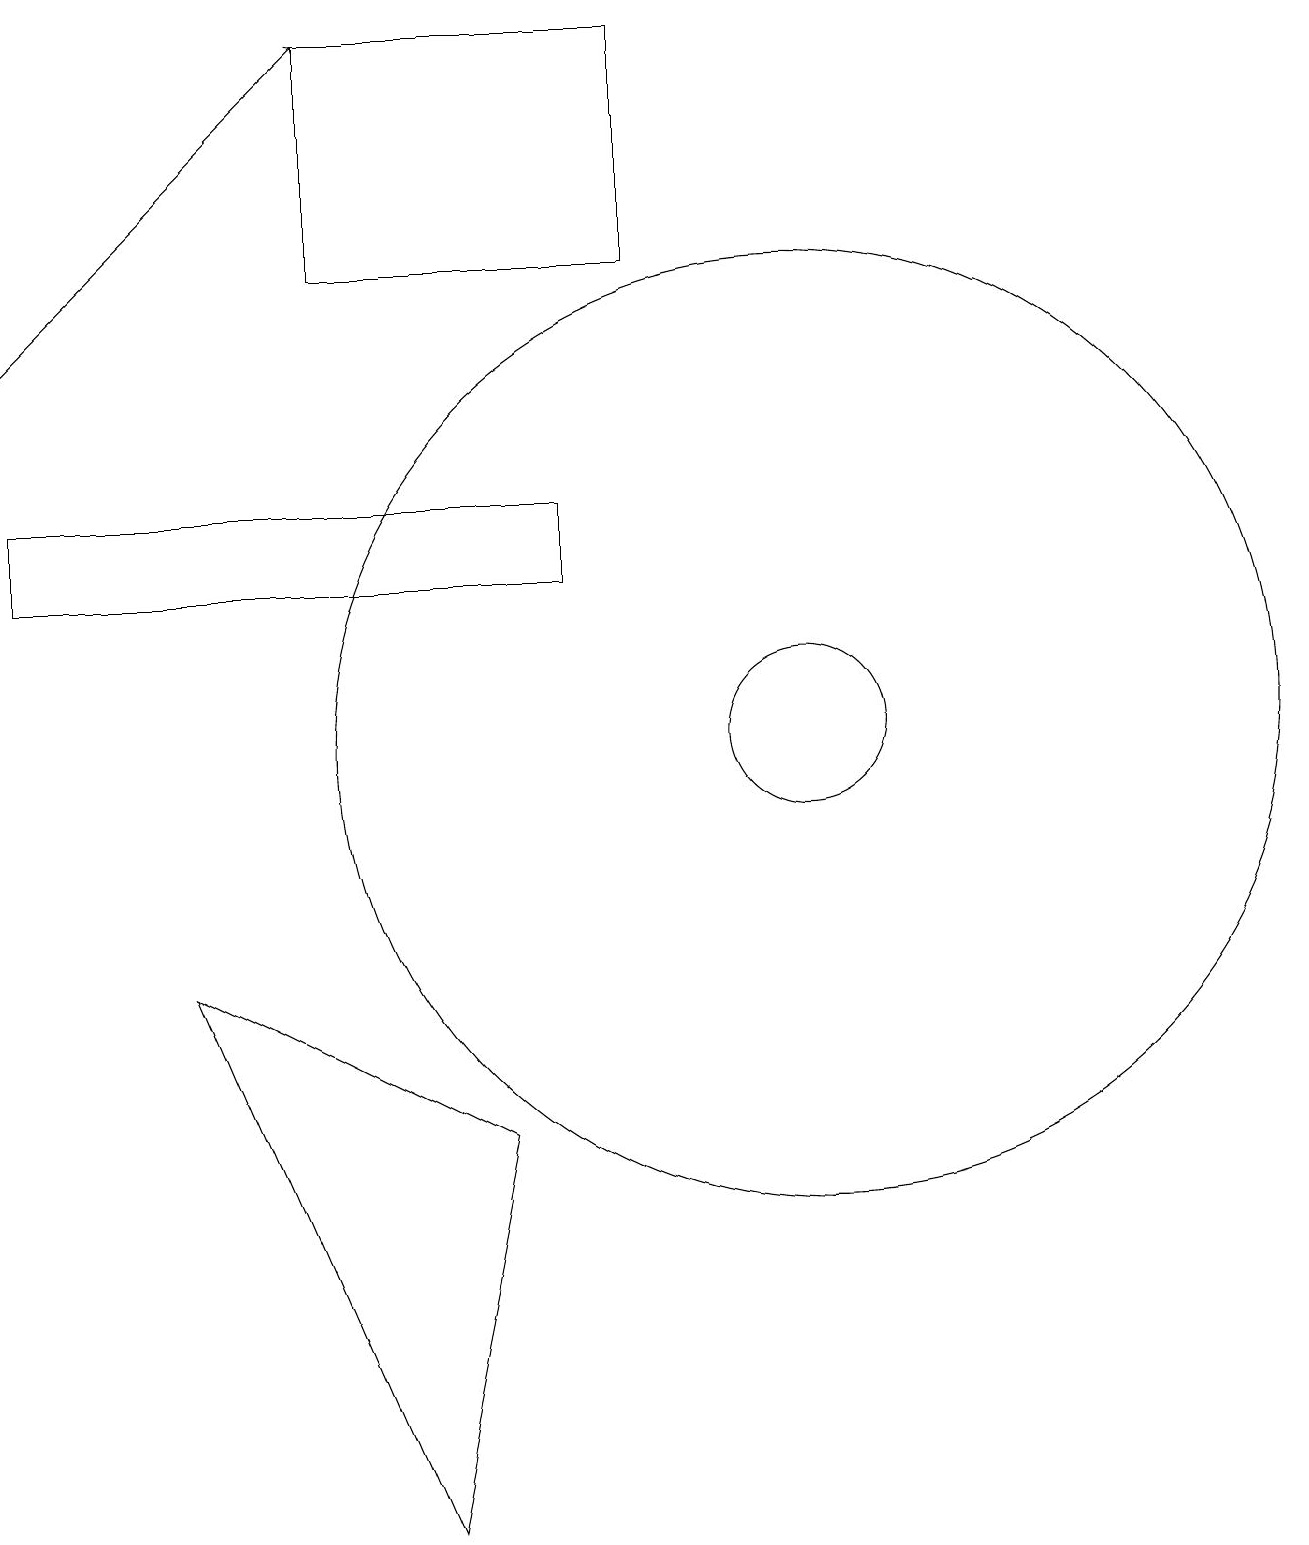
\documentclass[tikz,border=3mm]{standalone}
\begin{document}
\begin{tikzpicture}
\draw (5,16) rectangle (9,19);
\draw (8,13) rectangle (1,12);
\draw (11,10) circle (1);
\draw (11,10) circle (6);
\draw[->] (1,15) -- (5,19);
\draw (3,7) -- (7,5) -- (6,0) -- cycle;
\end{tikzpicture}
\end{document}